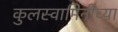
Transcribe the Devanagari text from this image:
कुलस्वामिनीच्या